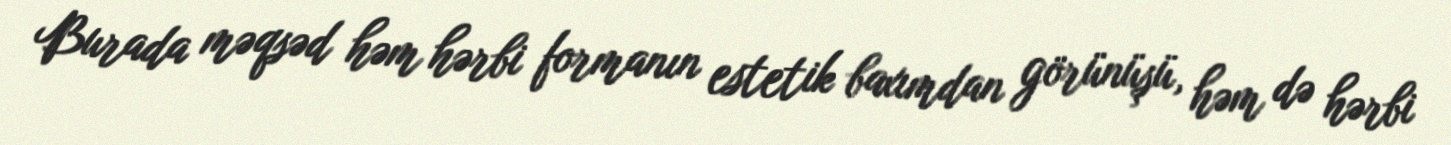
Burada məqsəd həm hərbi formanın estetik baxımdan görünüşü, həm də hərbi